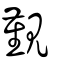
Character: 覲